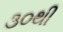
૩૦થી